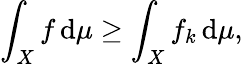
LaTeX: \int_{X}f\, \mathrm{d}\mu\geq\int_{X}f_{k}\, \mathrm{d}\mu,